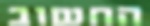
החשוב